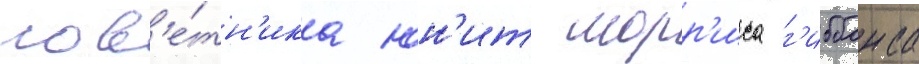
сов'е́тн'ика юн'ит морр'иса г'иббонса